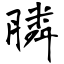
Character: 膦